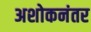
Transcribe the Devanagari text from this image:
अशोकनंतर